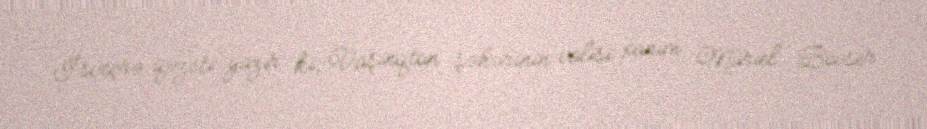
İsveçrə qəzeti yazır ki, Vaşinqton şəhərinin valisi xanım Muriel Bovser